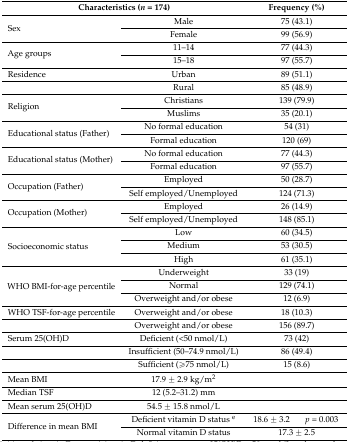
<table><thead><tr><td colspan="2"><b>Characteristics (<i>n</i> = 174)</b></td><td colspan="2"><b>Frequency (%)</b></td></tr></thead><tbody><tr><td rowspan="2">Sex</td><td>Male</td><td colspan="2">75 (43.1)</td></tr><tr><td>Female</td><td colspan="2">99 (56.9)</td></tr><tr><td rowspan="2">Age groups</td><td>11–14</td><td colspan="2">77 (44.3)</td></tr><tr><td>15–18</td><td colspan="2">97 (55.7)</td></tr><tr><td>Residence</td><td>Urban</td><td colspan="2">89 (51.1)</td></tr><tr><td></td><td>Rural</td><td colspan="2">85 (48.9)</td></tr><tr><td rowspan="2">Religion</td><td>Christians</td><td colspan="2">139 (79.9)</td></tr><tr><td>Muslims</td><td colspan="2">35 (20.1)</td></tr><tr><td rowspan="2">Educational status (Father)</td><td>No formal education</td><td colspan="2">54 (31)</td></tr><tr><td>Formal education</td><td colspan="2">120 (69)</td></tr><tr><td rowspan="2">Educational status (Mother)</td><td>No formal education</td><td colspan="2">77 (44.3)</td></tr><tr><td>Formal education</td><td colspan="2">97 (55.7)</td></tr><tr><td rowspan="2">Occupation (Father)</td><td>Employed</td><td colspan="2">50 (28.7)</td></tr><tr><td>Self employed/Unemployed</td><td colspan="2">124 (71.3)</td></tr><tr><td rowspan="2">Occupation (Mother)</td><td>Employed</td><td colspan="2">26 (14.9)</td></tr><tr><td>Self employed/Unemployed</td><td colspan="2">148 (85.1)</td></tr><tr><td rowspan="3">Socioeconomic status</td><td>Low</td><td colspan="2">60 (34.5)</td></tr><tr><td>Medium</td><td colspan="2">53 (30.5)</td></tr><tr><td>High</td><td colspan="2">61 (35.1)</td></tr><tr><td rowspan="3">WHO BMI-for-age percentile</td><td>Underweight</td><td colspan="2">33 (19)</td></tr><tr><td>Normal</td><td colspan="2">129 (74.1)</td></tr><tr><td>Overweight and/or obese</td><td colspan="2">12 (6.9)</td></tr><tr><td>WHO TSF-for-age percentile</td><td>Overweight and/or obese</td><td colspan="2">18 (10.3)</td></tr><tr><td></td><td>Overweight and/or obese</td><td colspan="2">156 (89.7)</td></tr><tr><td>Serum 25(OH)D</td><td>Deficient (&lt;50 nmol/L)</td><td colspan="2">73 (42)</td></tr><tr><td></td><td>Insufficient (50–74.9 nmol/L)</td><td colspan="2">86 (49.4)</td></tr><tr><td></td><td>Sufficient (≥75 nmol/L)</td><td colspan="2">15 (8.6)</td></tr><tr><td>Mean BMI</td><td>17.9 ± 2.9 kg/m<sup>2</sup></td><td colspan="2"></td></tr><tr><td>Median TSF</td><td>12 (5.2–31.2) mm</td><td colspan="2"></td></tr><tr><td>Mean serum 25(OH)D</td><td>54.5 ± 15.8 nmol/L</td><td colspan="2"></td></tr><tr><td rowspan="2">Difference in mean BMI</td><td>Deficient vitamin D status <sup>e</sup></td><td>18.6 ± 3.2</td><td><i>p</i> = 0.003</td></tr><tr><td>Normal vitamin D status</td><td colspan="2">17.3 ± 2.5</td></tr></tbody></table>